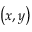
\left( x , y \right)